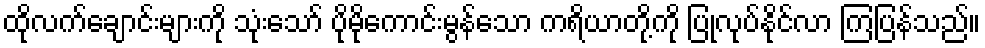
ထိုလက်ချောင်းများကို သုံးသော် ပိုမိုကောင်းမွန်သော ကရိယာတို့ကို ပြုလုပ်နိုင်လာ ကြပြန်သည်။